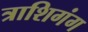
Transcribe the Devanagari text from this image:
त्राशिगंग